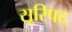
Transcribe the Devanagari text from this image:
सूरिपद